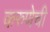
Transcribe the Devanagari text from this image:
करुणेची